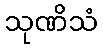
သုဏိသံ